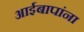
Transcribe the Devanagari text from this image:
आईबापांना